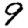
Digit: 9